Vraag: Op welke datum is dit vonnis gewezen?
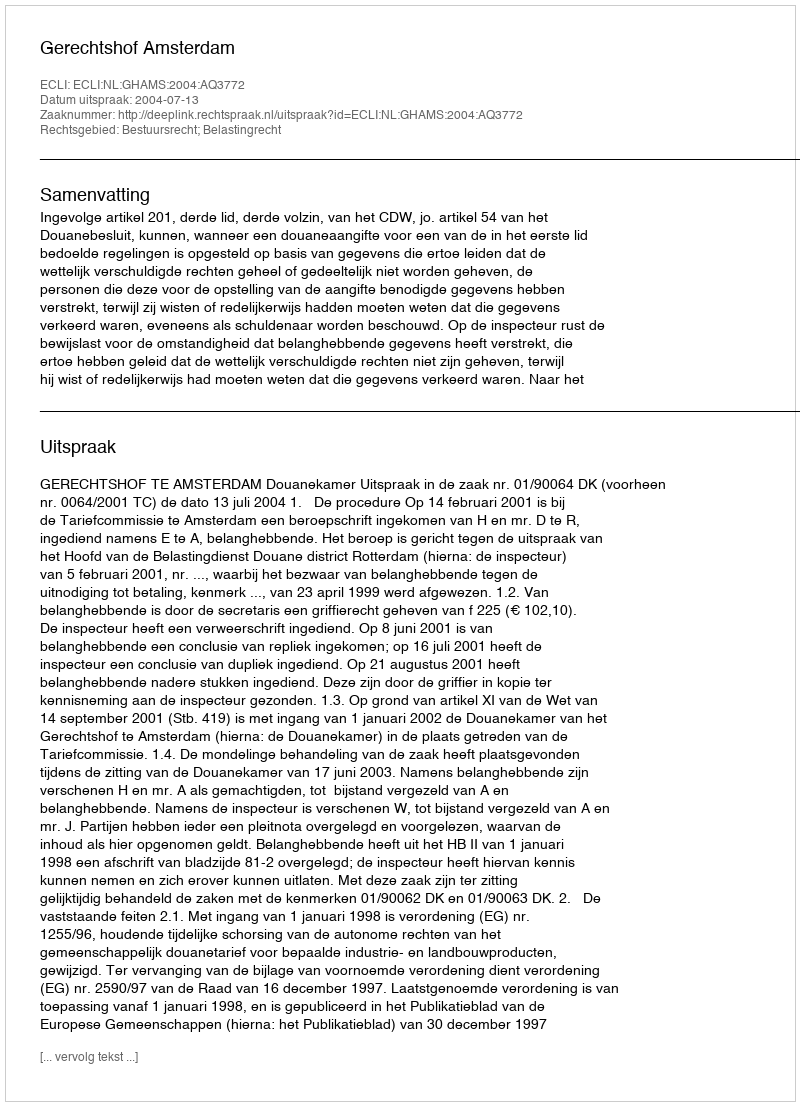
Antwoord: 2004-07-13